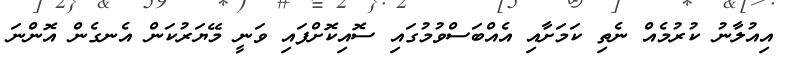
އިއުލާނު ކުރުމެއް ނެތި ކަމަށާއި އެއްބަސްވުމުގައި ސޮއިކޮށްފައި ވަނީ މޭޔަރުކަން އެނގެން އޮންނަ